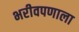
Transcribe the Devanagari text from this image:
भरीवपणाला